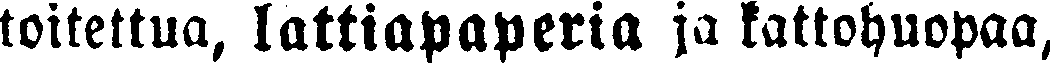
toitettua, lattiapaperia ja kattohuopaa,